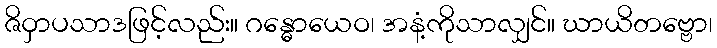
ဇိဝှာပသာဒဖြင့်လည်း။ ဂန္ဓောယေဝ၊ အနံ့ကိုသာလျှင်။ ဃာယိတဗ္ဗော၊